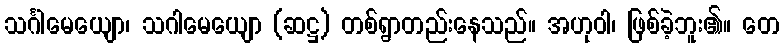
သင်္ဂါမေယျော၊ သဂါမေယျော (ဆဋ္ဌ) တစ်ရွာတည်းနေသည်။ အဟုဝါ၊ ဖြစ်ခဲ့ဘူး၏။ တေ